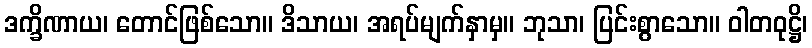
ဒက္ခိဏာယ၊ တောင်ဖြစ်သော။ ဒိသာယ၊ အရပ်မျက်နှာမှ။ ဘုသာ၊ ပြင်းစွာသော။ ဝါတဝုဋ္ဌိ၊